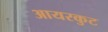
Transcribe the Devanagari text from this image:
आयरकुट